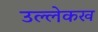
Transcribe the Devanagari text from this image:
उल्लेकख